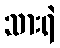
သားရဲ